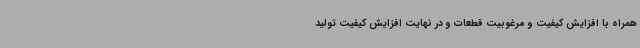
همراه با افزایش کیفیت و مرغوبیت قطعات و در نهایت افزایش کیفیت تولید